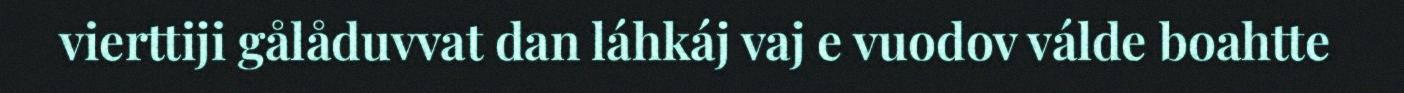
vierttiji gålåduvvat dan láhkáj vaj e vuodov válde boahtte